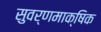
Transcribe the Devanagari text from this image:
सुवर्णमाक्षिक